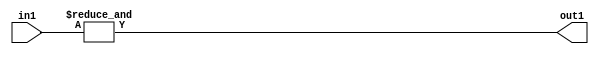
`timescale 1ps / 1ps
/*****************************************************************************
    Verilog RTL Description
    
    
    Created by: CellMath Designer 2019.1.01 
*******************************************************************************/

module in_buff_AndReduction_4S_1U_4 (
	in1,
	out1
	); /* architecture "behavioural" */ 
input [3:0] in1;
output  out1;
wire  asc001;

assign asc001 = 
	(&in1);

assign out1 = asc001;
endmodule

/* CADENCE  urb2SAk= : u9/ySgnWtBlWxVPRXgAZ4Og= ** DO NOT EDIT THIS LINE ******/